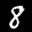
Label: 8